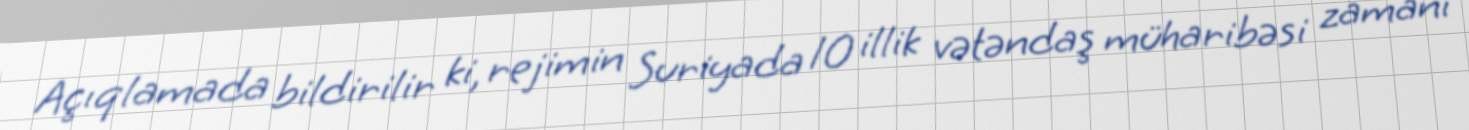
Açıqlamada bildirilir ki, rejimin Suriyada 10 illik vətəndaş müharibəsi zamanı